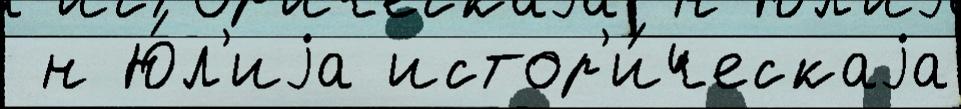
 н Ю́л'иjа истор'и́ческаjа